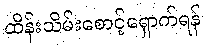
ထိန်းသိမ်းစောင့်ရှောက်ရန်